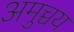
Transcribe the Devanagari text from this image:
अमुच्चय